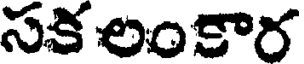
సక లంకార